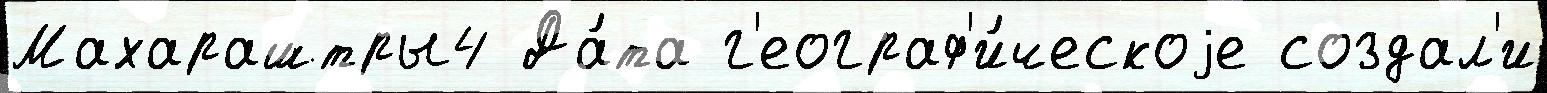
Махараштры4 Да́та г'еограф'и́ческоjе создал'и